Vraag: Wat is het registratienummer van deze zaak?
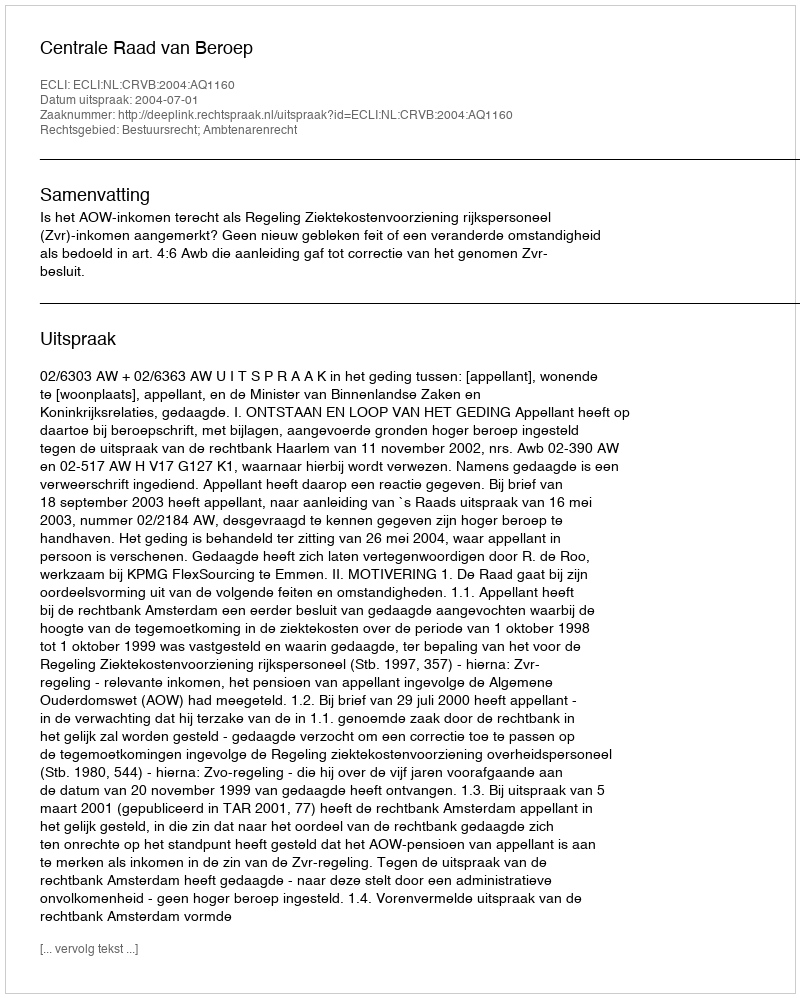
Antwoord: http://deeplink.rechtspraak.nl/uitspraak?id=ECLI:NL:CRVB:2004:AQ1160